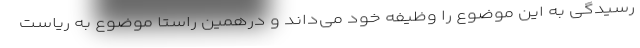
رسیدگی به این موضوع را وظیفه خود می‌داند و درهمین راستا موضوع به ریاست